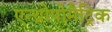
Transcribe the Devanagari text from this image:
एन्थ्रोपोमैट्रिक